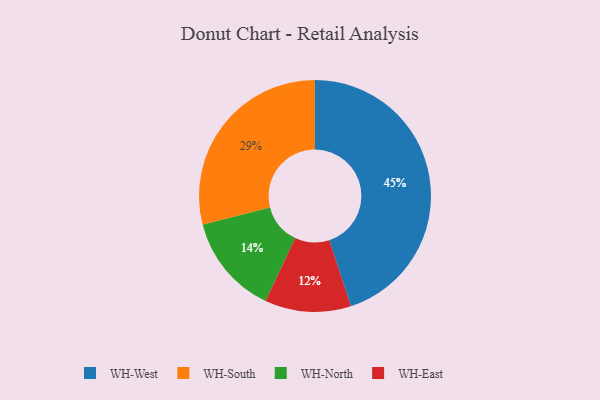
{"axis": {"x": "Category", "y": "Percentage"}, "legend": ["WH-East", "WH-North", "WH-South", "WH-West"], "data": [{"x": "WH-East", "y": 12, "type": "WH-East"}, {"x": "WH-North", "y": 14, "type": "WH-North"}, {"x": "WH-South", "y": 29, "type": "WH-South"}, {"x": "WH-West", "y": 45, "type": "WH-West"}]}